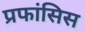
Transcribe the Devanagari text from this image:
प्रफांसिस